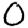
Digit: 0